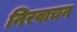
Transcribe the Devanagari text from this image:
निरवाचन